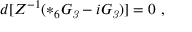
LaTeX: d [ Z ^ { - 1 } ( * _ { 6 } G _ { \it 3 } - i G _ { \it 3 } ) ] = 0 \ ,